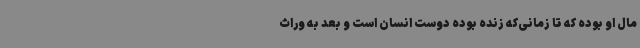
مال او بوده که تا زمانی‌که زنده بوده دوست انسان است و بعد به وراث